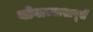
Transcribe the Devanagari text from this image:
योगाभ्यासापूर्वी